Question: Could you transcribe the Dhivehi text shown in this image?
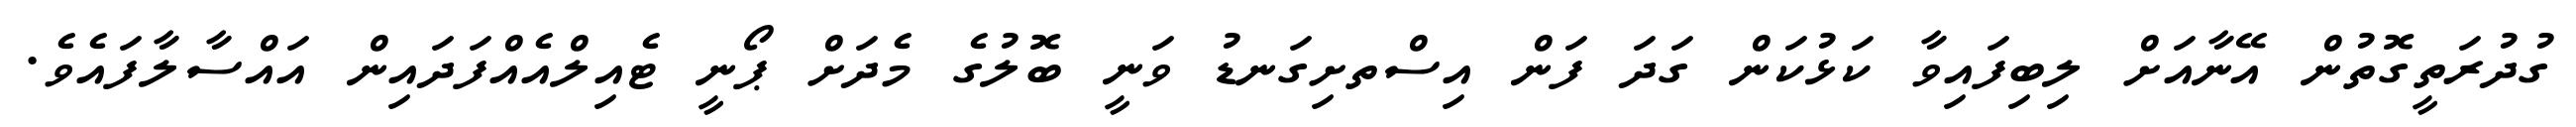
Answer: ގުދުރަތީގޮތުން އޭނާއަށް ލިބިފައިވާ ކަޅުކަން ގަދަ ފަން އިސްތށިގަނޑު ވަނީ ބޮލުގެ މެދަށް ޕޯނީ ޓެއިލްއެއްފަދައިން އައްސާލާފައެވެ.